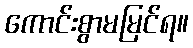
ကောင်းစွာမမြင်ရ။